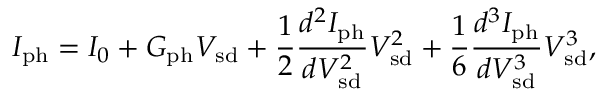
I _ { \mathrm { p h } } = I _ { 0 } + G _ { \mathrm { p h } } V _ { \mathrm { s d } } + \frac { 1 } { 2 } \frac { d ^ { 2 } I _ { \mathrm { p h } } } { d V _ { \mathrm { s d } } ^ { 2 } } V _ { \mathrm { s d } } ^ { 2 } + \frac { 1 } { 6 } \frac { d ^ { 3 } I _ { \mathrm { p h } } } { d V _ { \mathrm { s d } } ^ { 3 } } V _ { \mathrm { s d } } ^ { 3 } ,